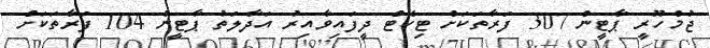
ޖުމްހޫރީ ޕާޓީން 307 ފަރާތަކަށް ޓިކެޓް ދީފައިވާއިރު އަދާލަތު ޕާޓީން 104 ފަރާތަކަށް